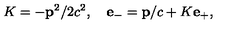
K = - { \bf p } ^ { 2 } / 2 c ^ { 2 } , \quad { \bf e } _ { - } = { \bf p } / c + K { \bf e } _ { + } ,